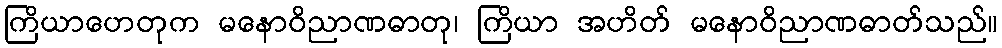
ကြိယာဟေတုက မနောဝိညာဏဓာတု၊ ကြိယာ အဟိတ် မနောဝိညာဏဓာတ်သည်။